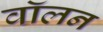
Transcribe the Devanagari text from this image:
वॉलन